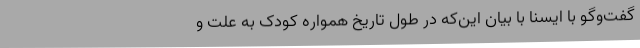
گفت‌وگو با ایسنا با بیان این‌که در طول تاریخ همواره کودک به علت و